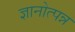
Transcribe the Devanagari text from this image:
ज्ञानोत्पन्न